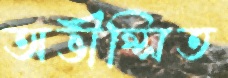
অভীপ্সিত